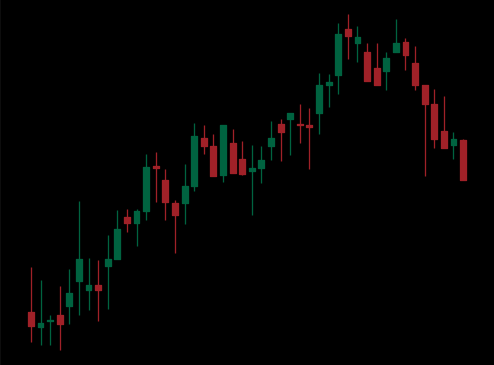
Pattern: bear_flag